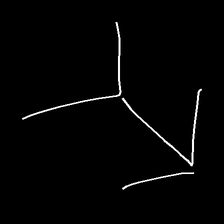
Glyph: gather